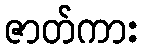
ဇာတ်ကား